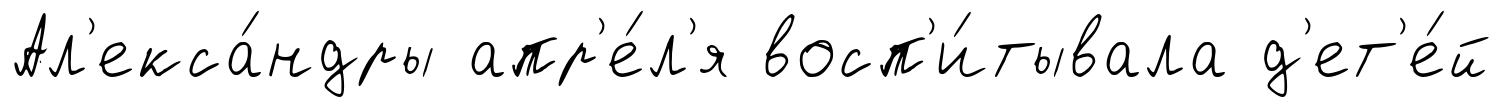
Ал'екса́ндры апр'е́л'я восп'и́тывала д'ет'е́й